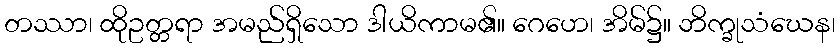
တဿာ၊ ထိုဥတ္တရာ အမည်ရှိသော ဒါယိကာမ၏။ ဂေဟေ၊ အိမ်၌။ ဘိက္ခုသံဃေန၊